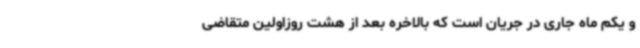
و یکم ماه جاری در جریان است که بالاخره بعد از هشت روزاولین متقاضی